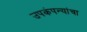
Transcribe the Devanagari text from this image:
उपकंपन्यांचा